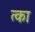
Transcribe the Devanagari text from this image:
त्का